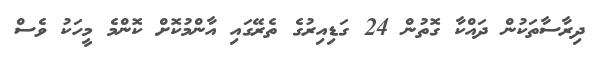
ދިރާސާތަކުން ދައްކާ ގޮތުން 24 ގަޑިއިރުގެ ތެރޭގައި އާންމުކޮށް ކޮންމެ މީހަކު ވެސް